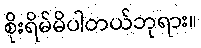
စိုးရိမ်မိပါတယ်ဘုရား။